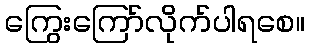
ကြွေးကြော်လိုက်ပါရစေ။